Leningradi_Edasi_toimetus, lk 53
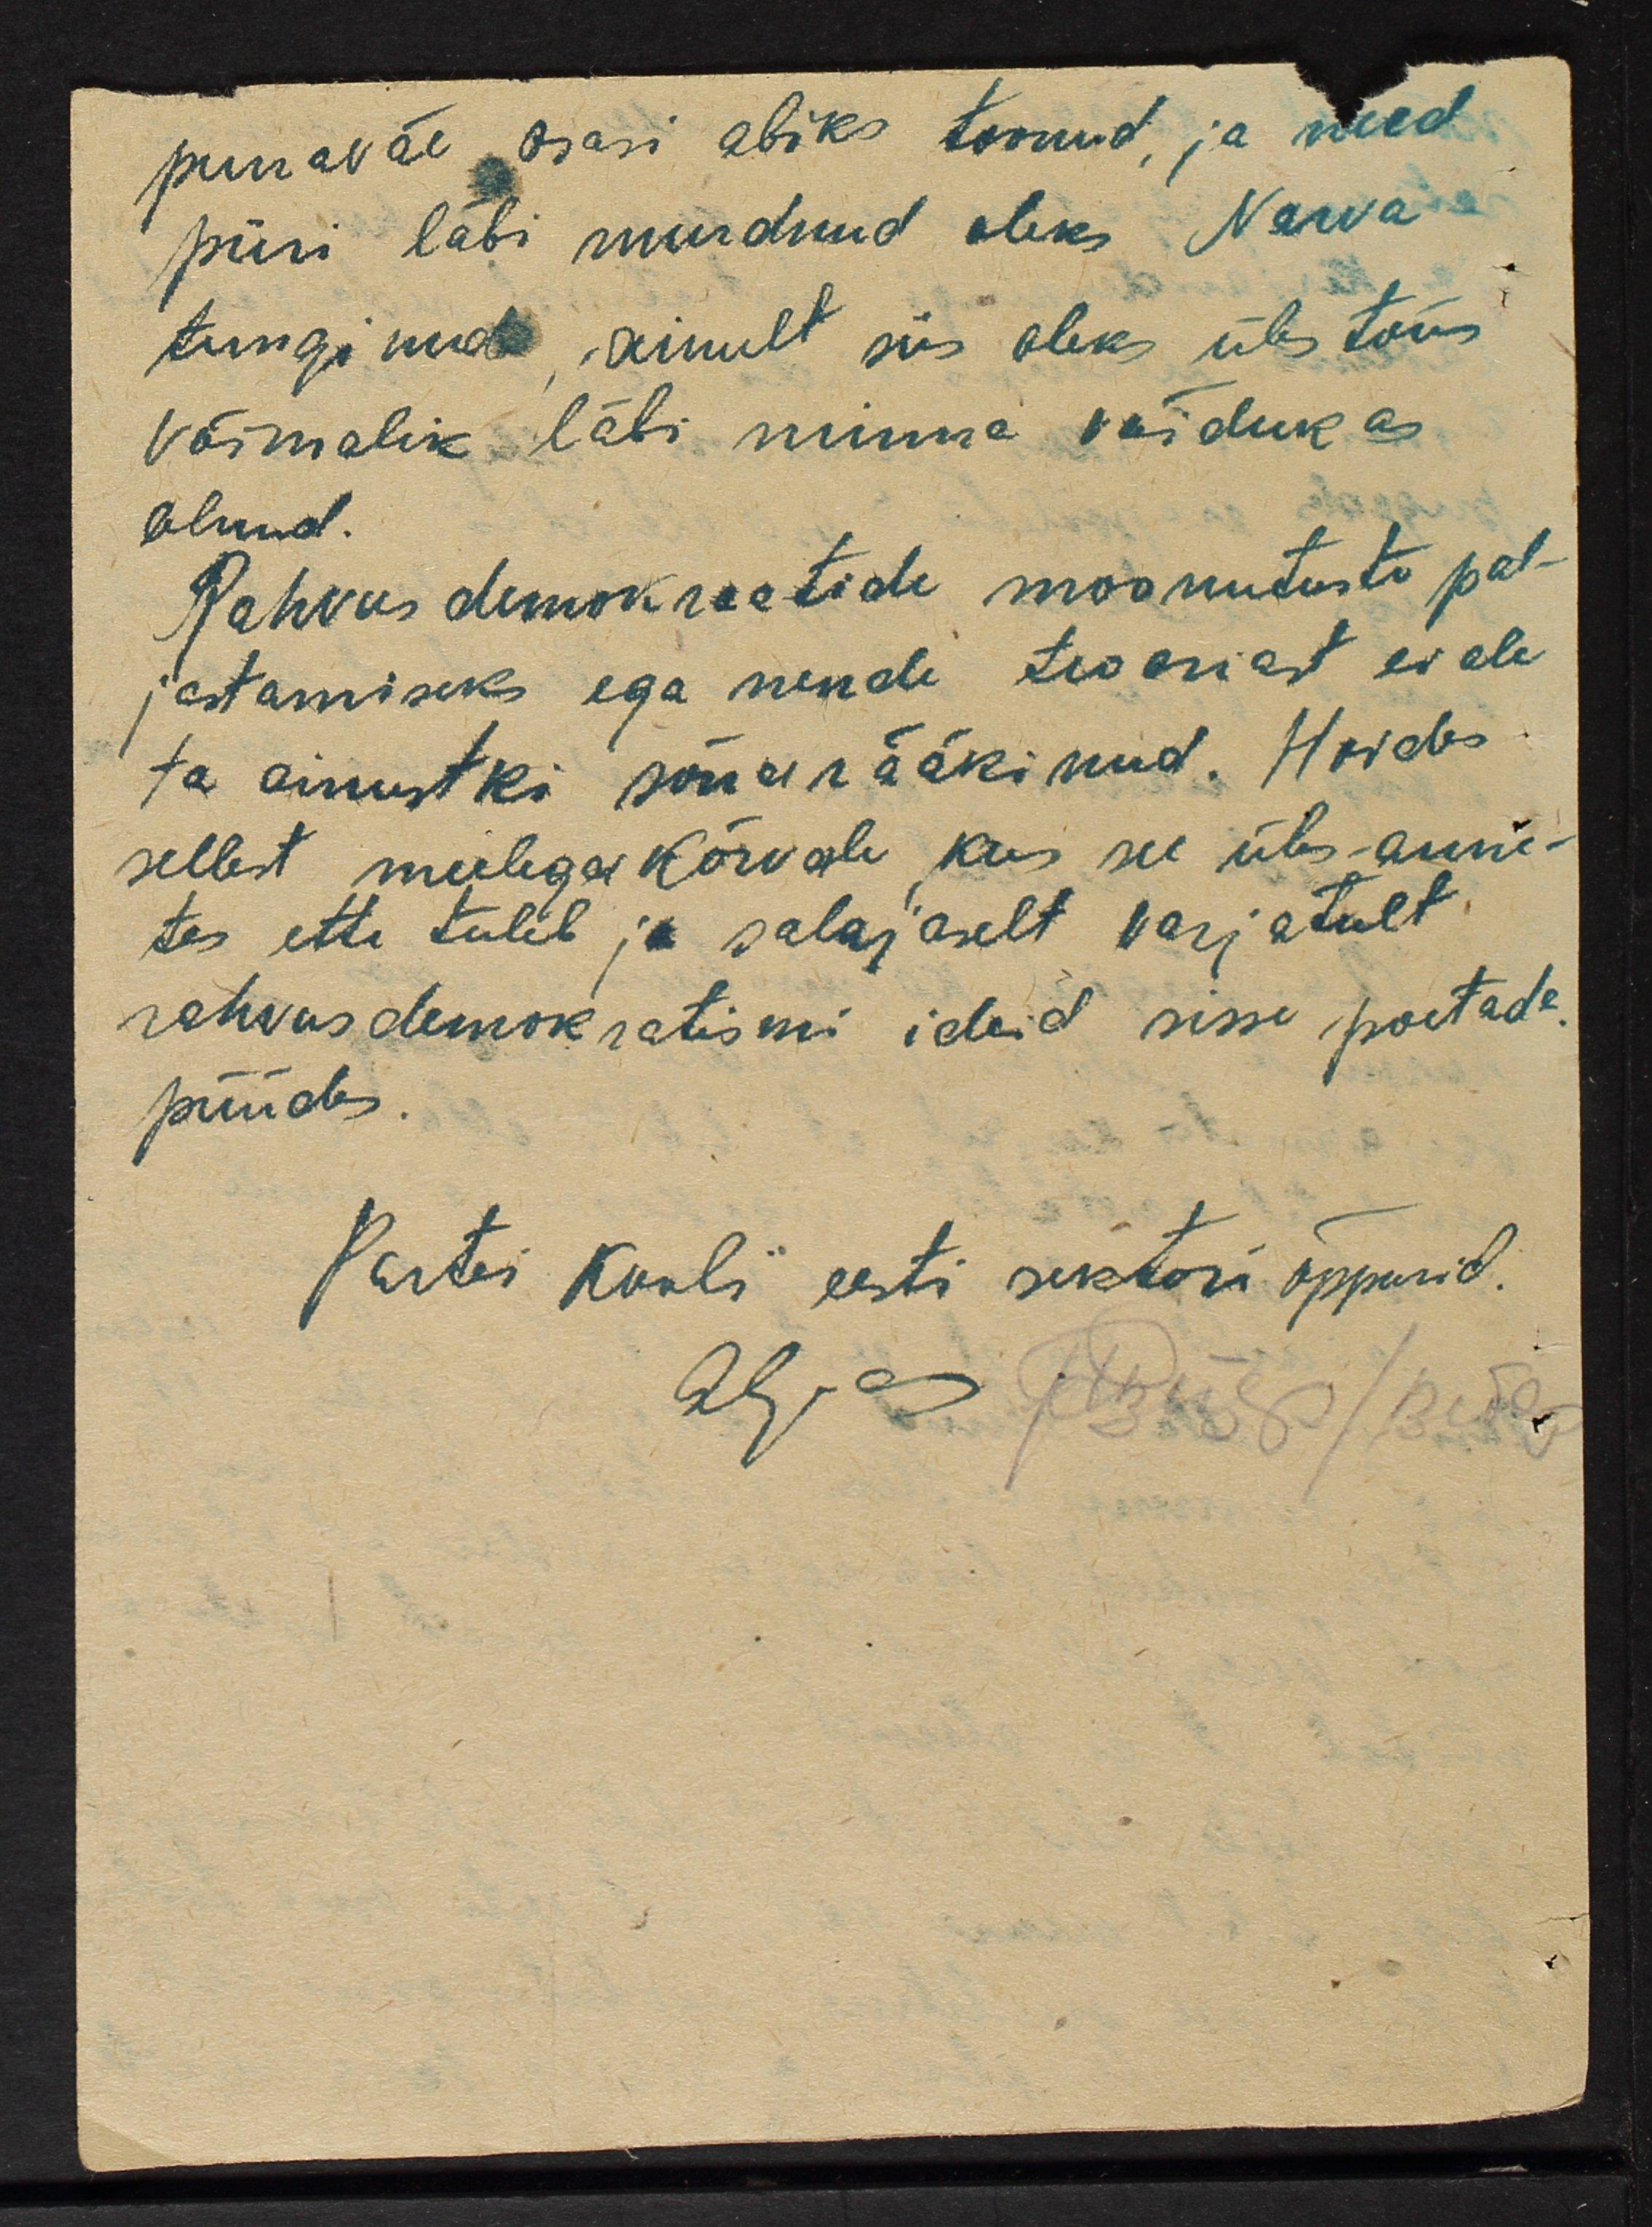
punaväe osasi abiks toonud ja need
piiri läbi murdnud oleks Narva
tunginud ainult siis oleks ülestõus
võimalik läbi minna võidukas
olnud.
Rahvusdemokraatide moonutuste pal-
jastamiseks ega nende teooriast ei ole
ta ainustki sõna rääkinud. Hoides
sellest meelega kõrvale kus see üles-anne-
tes ette tuleb ja salajaselt varjatult
rahvusdemokratismi ideid sisse poetada.
püüdes.
Partei kooli eesti sektori õppurid.
28. as pidisep/pudel